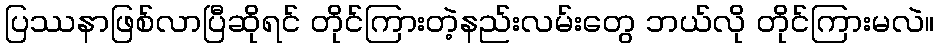
ပြဿနာဖြစ်လာပြီဆိုရင် တိုင်ကြားတဲ့နည်းလမ်းတွေ ဘယ်လို တိုင်ကြားမလဲ။